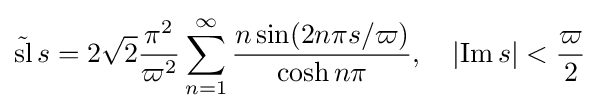
{\tilde {\operatorname {sl} }}\,s=2{\sqrt {2}}{\frac {\pi ^{2}}{\varpi ^{2}}}\sum _{n=1}^{\infty }{\frac {n\sin(2n\pi s/\varpi )}{\cosh n\pi }},\quad \left|\operatorname {Im} s\right|<{\frac {\varpi }{2}}